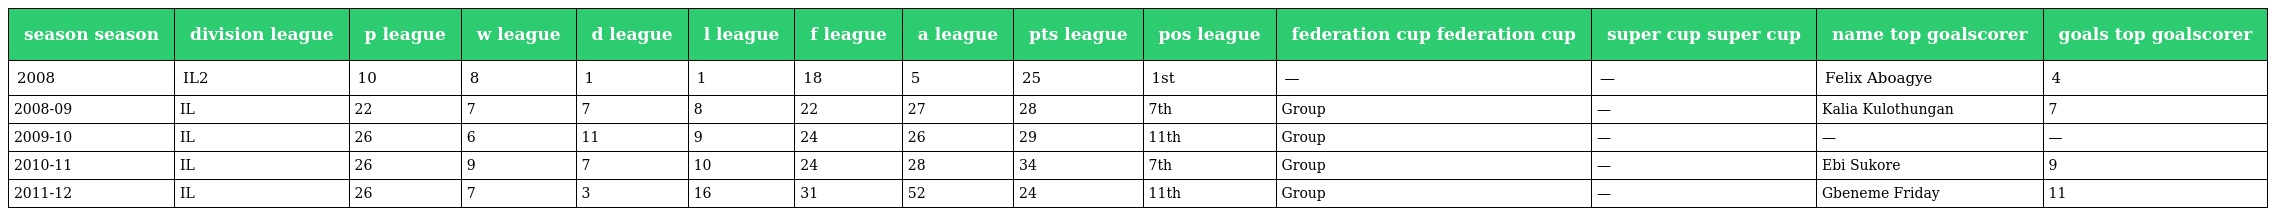
| season season | division league | p league | w league | d league | l league | f league | a league | pts league | pos league | federation cup federation cup | super cup super cup | name top goalscorer | goals top goalscorer |
 | --- | --- | --- | --- | --- | --- | --- | --- | --- | --- | --- | --- | --- | --- |
 | 2008 | IL2 | 10 | 8 | 1 | 1 | 18 | 5 | 25 | 1st | — | — | Felix Aboagye | 4 |
 | 2008-09 | IL | 22 | 7 | 7 | 8 | 22 | 27 | 28 | 7th | Group | — | Kalia Kulothungan | 7 |
 | 2009-10 | IL | 26 | 6 | 11 | 9 | 24 | 26 | 29 | 11th | Group | — | — | — |
 | 2010-11 | IL | 26 | 9 | 7 | 10 | 24 | 28 | 34 | 7th | Group | — | Ebi Sukore | 9 |
 | 2011-12 | IL | 26 | 7 | 3 | 16 | 31 | 52 | 24 | 11th | Group | — | Gbeneme Friday | 11 |